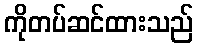
ကိုတပ်ဆင်ထားသည်